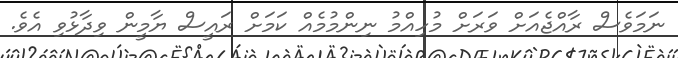
ނަމަވެސް ރާއްޖެއަށް ވަރަށް މުހިއްމު ނިންމުމެއް ކަމަށް ރައީސް ޔާމީން ވިދާޅުވި އެވެ.